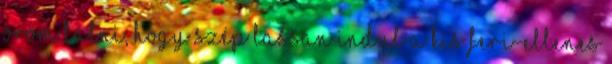
Öröm látni, hogy szép lassan indul a kis Feri-ellenes